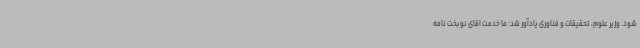
شود. وزیر علوم، تحقیقات و فناوری یادآور شد: ما خدمت اقای نوبخت نامه